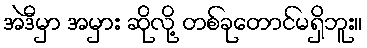
အဲဒီမှာ အမှား ဆိုလို့ တစ်ခုတောင်မရှိဘူး။